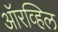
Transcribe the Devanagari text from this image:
ऑरव्हिल